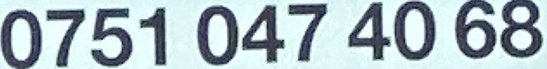
0751 047 40 68